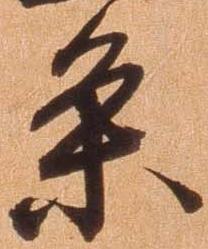
条